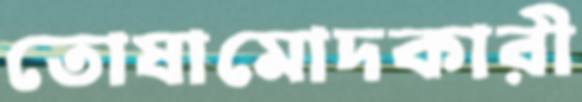
তোষামোদকারী